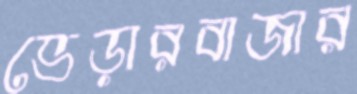
ভেড়ারবাজার